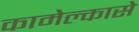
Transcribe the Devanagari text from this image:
कामेल्कासे